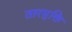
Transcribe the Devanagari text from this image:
तारमुक्ति